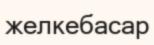
желкебасар